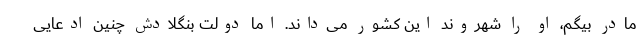
مادر بیگم، او را شهروند این کشور می‌داند. اما دولت بنگلادش چنین ادعایی